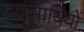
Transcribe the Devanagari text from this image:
व्यसायियों